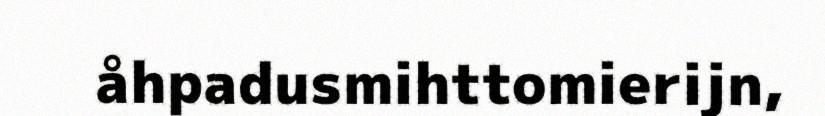
åhpadusmihttomierijn,